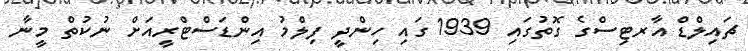
ޗައިލްޑް އާރޓިސްގެ ގޮތުގައި 1939 ގައި ހިންދީ ފިލްމު އިންޑަސްޓްރީއަށް ނުކުތް މީނާ